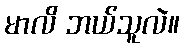
မာလိ ဘယ်သူလဲ။